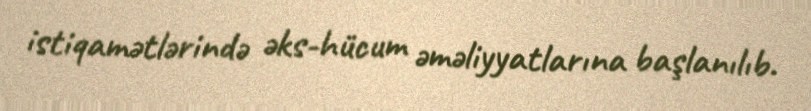
istiqamətlərində əks-hücum əməliyyatlarına başlanılıb.